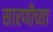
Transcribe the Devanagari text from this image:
सारणीच्या